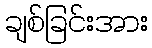
ချစ်ခြင်းအား